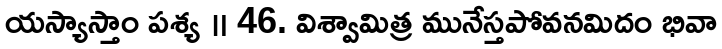
యస్యాస్తాం పశ్య ॥ 46. విశ్వామిత్ర మునేస్తపోవనమిదం భివా